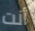
أنت